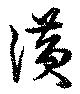
潢